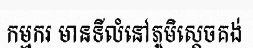
កម្មករ មានទីលំនៅភូមិស្តេចគង់